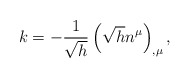
\begin{align*}k=-\frac 1{\sqrt{h}}\left( \sqrt{h}n^\mu \right) _{,\mu },\end{align*}